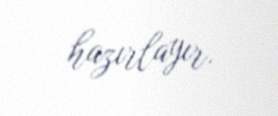
hazırlayır.